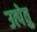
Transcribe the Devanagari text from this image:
उत्पेतु